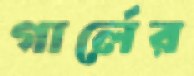
গার্লের